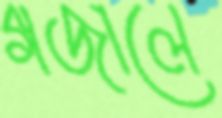
গজালে